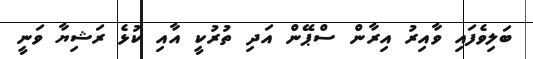
ބަލިވެފައި ވާއިރު އިރާން ސްޕޭން އަދި ތުރުކީ އާއި ކުޅެ ރަޝިޔާ ވަނީ